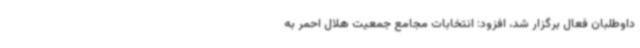
داوطلبان فعال برگزار شد، افزود: انتخابات مجامع جمعیت هلال احمر به